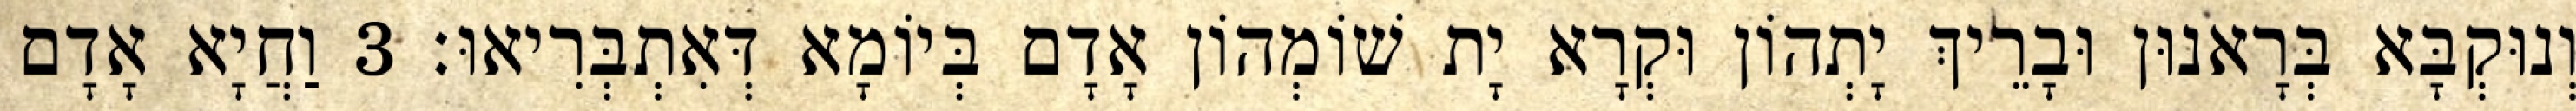
וְנוּקְבָּא בְּרָאנוּן וּבָרֵיךְ יָתְהוֹן וּקְרָא יָת שׁוֹמְהוֹן אָדָם בְּיוֹמָא דְּאִתְבְּרִיאוּ׃ 3 וַחֲיָא אָדָם